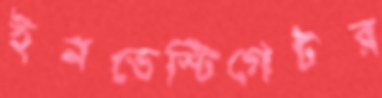
ইনভেস্টিগেটর